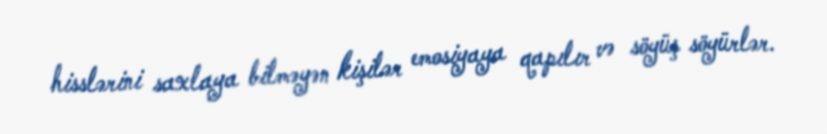
hisslərini saxlaya bilməyən kişilər emosiyaya qapılır və söyüş söyürlər.